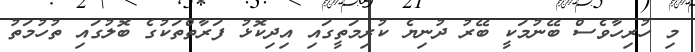
މި ހުރިހާވެސް ބޭނުމަކީ ބޭރު ދުނިޔެ ކުރިމަތީގައި އިދިކޮޅު ފަރާތްތަކުގެ ބޮލުގައި ތުހުމަތު